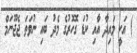
) އަކީ މައިދާ އާއި ކުޑަ ގޮހޮރުގެ މެދު ބައި ނުވަތަ ޖެޖޫނަމް